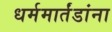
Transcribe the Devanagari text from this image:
धर्ममार्तंडांना